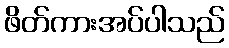
ဖိတ်ကားအပ်ပါသည်